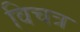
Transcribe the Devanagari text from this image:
विचत्र